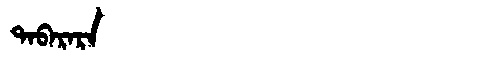
Manchu: ᡨᠠᠪᠠᡵᠠᡵᠠ
Romanization: TABARARA